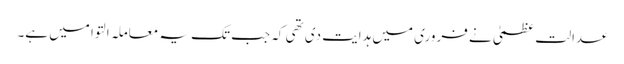
عدالت عظمیٰ نے فروری میں ہدایت دی تھی کہ جب تک یہ معاملہ التوا میں ہے۔